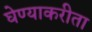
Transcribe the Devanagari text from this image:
घेण्याकरीता